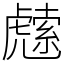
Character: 䖛